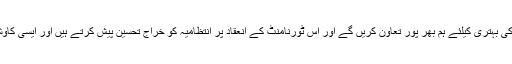
چوہدری ساجد یوسف چھنی نے کہا کہ ہاکی کی بہتری کیلئے ہم بھر پور تعاون کریں گے اور اس ٹورنامنٹ کے انعقاد پر انتظامیہ کو خراجِ تحسین پیش کرتے ہیں اور ایسی کاوشیں ہونی چاہئیں جن سے ہاکی کا وقار بلند ہو۔